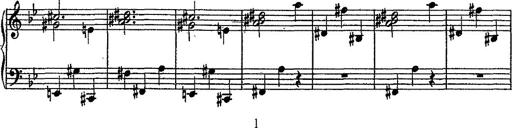
Title: Scherzo
Composer: Rogelio Villar
Key: D minor